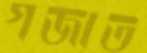
গজাত